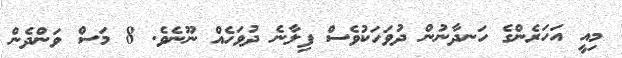
މިއީ އަހަރެންގެ ހަނދާނުން ދުވަހަކުވެސް ފިލާނެ ދުވަހެއް ނޫނެވެ. 8 މަސް ވަންދެން